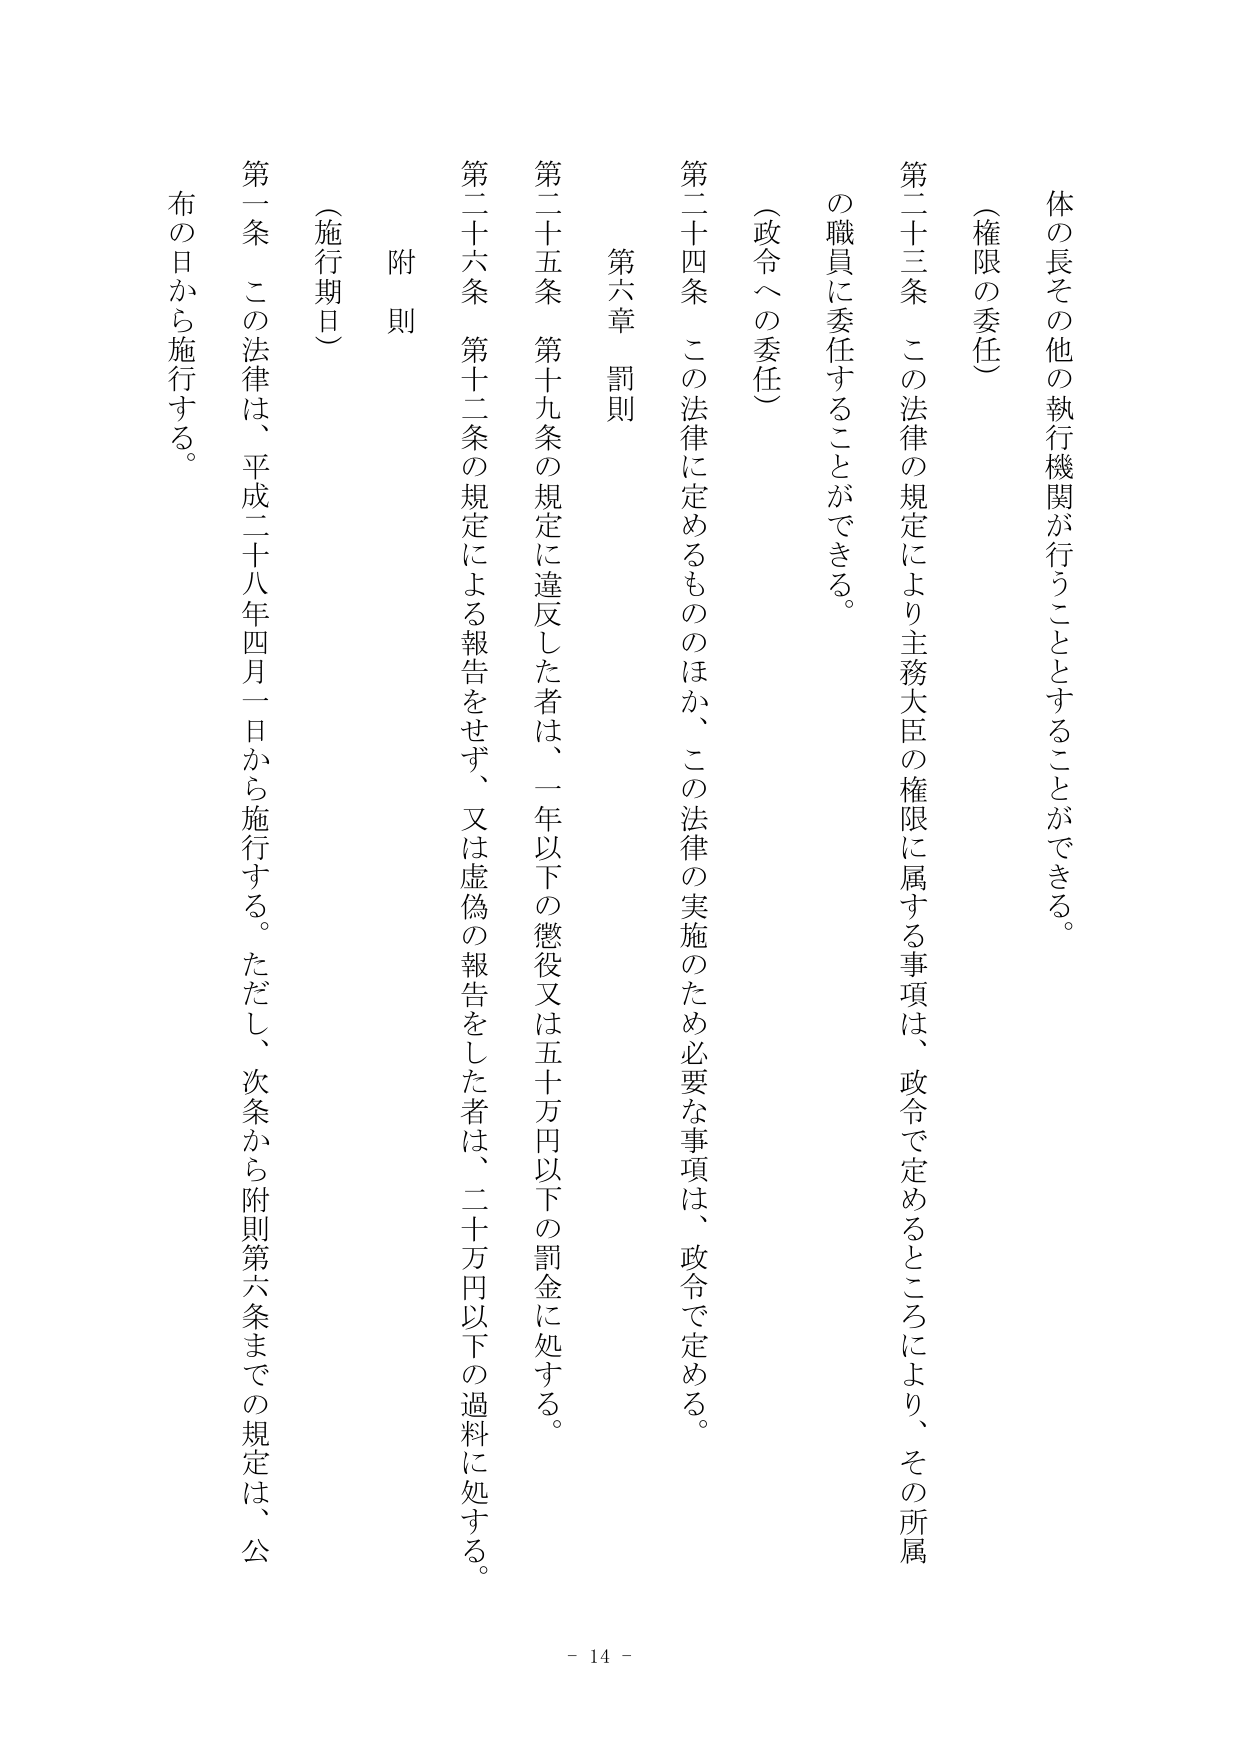
体の長その他の執行機関が行うこととすることができる。

（権限の委任）

第二十三条　この法律の規定により主務大臣の権限に属する事項は、政令で定めるところにより、その所属の職員に委任することができる。

（政令への委任）

第二十四条　この法律に定めるもののほか、この法律の実施のため必要な事項は、政令で定める。

第六章　罰則

第二十五条　第十九条の規定に違反した者は、一年以下の懲役又は五十万円以下の罰金に処する。

第二十六条　第十二条の規定による報告をせず、又は虚偽の報告をした者は、二十万円以下の過料に処する。

附則

（施行期日）

第一条　この法律は、平成二十八年四月一日から施行する。ただし、次条から附則第六条までの規定は、公布の日から施行する。

- 14 -